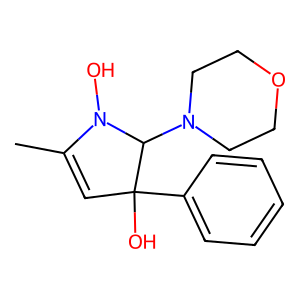
SMILES: CC1=CC(O)(c2ccccc2)C(N2CCOCC2)N1O
Inhibits HIV replication: No